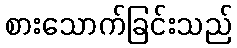
စားသောက်ခြင်းသည်